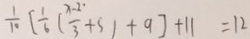
\frac { 1 } { 1 0 } [ \frac { 1 } { 6 } ( \frac { x - 2 \cdot } { 3 } + 5 ) + 9 ] + 1 1 = 1 2